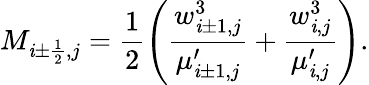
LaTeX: M_{\mathit{i}\pm\frac{{1}}{{2}},j}=\frac{{1}}{{2}}\left(\frac{{w_{\mathit{i}\pm1,j}^{3}}}{{\mu_{\mathit{i}\pm1,j}^{\prime}}}+\frac{{w_{\mathit{i},j}^{3}}}{{\mu_{\mathit{i},j}^{\prime}}}\right).